Annual administration report of the Civil Veterinary Department of India - 1896-1897
Year: 1896
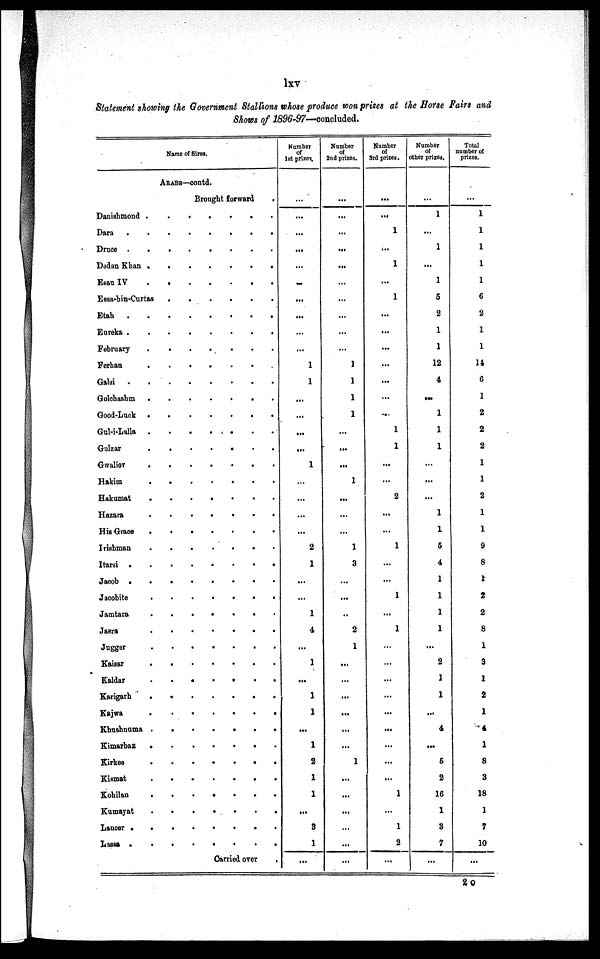
lxv
Statement showing the Government Stallions whose produce won prizes at the Horse Fairs and
Shows of 1896-97—concluded.
Name of Sires,
ARABS—contd.
Brought forward
.
Danishmond
.
.
.
.
.
.
Dara
.
.
.
.
.
.
Druce
.
.
.
.
.
.
Dedan Khan
.
.
.
.
.
.
Esau IV
.
.
.
.
.
.
Essa-bin-Curtas
.
.
.
.
.
.
Etah
.
.
.
.
.
.
Eureka.
.
.
.
.
.
.
.
February
.
.
.
.
.
.
Ferhan
.
.
.
.
.
.
Galsi
.
.
.
.
.
.
Golchashm
.
.
.
.
.
.
Good-Lack
Gul-i-Lalla
.
.
.
.
.
.
Gulzar
.
.
.
.
.
.
Gwalior
.
.
.
.
.
.
Hakim
Hakumat
.
.
.
.
.
.
Hazara
.
.
.
.
.
.
His Grace
.
.
.
.
.
.
Irishman
.
.
.
.
.
.
Itarsi
.
.
.
.
.
.
Jacob
.
.
.
.
.
.
Jacobite
.
.
.
.
.
.
Jamtara
.
.
.
.
.
.
Jasra
.
.
.
.
.
.
Jugger
.
.
.
.
.
.
Kaisar
.
.
.
.
.
.
Kaldar
.
.
.
.
.
.
Karigarh
.
.
.
.
.
.
Kajwa
.
.
.
.
.
.
Khushnuma
.
.
.
.
.
.
Kimarbaz
.
.
.
.
.
.
Kirkee
.
.
.
.
.
.
Kismat
.
.
.
.
.
.
Kohilan
.
.
.
.
.
.
Kumayat
.
.
.
.
.
.
Lancer
.
.
.
.
.
.
Lassa
.
.
.
.
.
.
Carried over
.
Number
of
1st prizes.
...
...
...
...
...
...
...
...
...
...
1
1
...
...
...
...
1
...
...
...
...
2
1
...
...
1
4
...
1
...
1
1
...
1
2
1
1
...
3
1
...
Number
of
2nd prizes.
...
...
...
...
...
...
...
...
...
...
1
1
1
1
...
...
...
1
...
...
...
1
3
...
...
..
2
1
...
...
...
...
...
...
1
...
...
...
...
...
...
Number
of
3rd prizes.
...
...
1
...
1
...
1
...
...
...
...
...
...
...
1
1
...
...
2
...
...
1
...
...
1
...
1
...
...
...
...
...
...
...
...
...
1
...
1
2
...
Number
of
other prizes.
...
1
...
1
...
1
5
2
1
1
12
4
...
1
1
1
...
...
...
1
1
5
4
1
1
1
1
...
2
1
1
...
4
...
5
2
16
1
3
7
...
Total
number of
prizes.
...
1
1
1
1
1
6
2
1
1
14
6
1
2
2
2
1
1
2
1
1
9
8
1
2
2
8
1
3
1
2
1
4
1
8
3
18
1
7
10
...
2 O